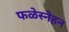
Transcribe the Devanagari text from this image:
फळेस्नेहन